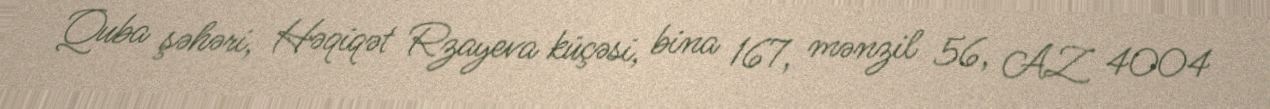
Quba şəhəri, Həqiqət Rzayeva küçəsi, bina 167, mənzil 56, AZ 4004